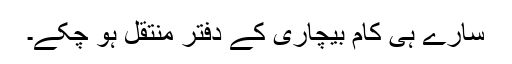
سارے ہی کام بیچاری کے دفتر منتقل ہو چکے۔